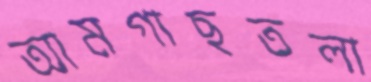
আমগাছতলা